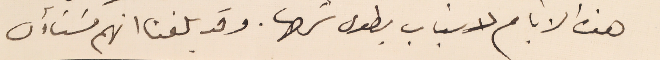
هذه الايام لاسَباب يطول شرحها. وقد بلغنا انهم مسَتأون